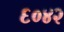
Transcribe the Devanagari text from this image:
६०४२